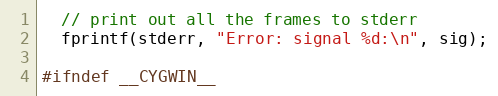
Language: C++
  // print out all the frames to stderr
  fprintf(stderr, "Error: signal %d:\n", sig);

#ifndef __CYGWIN__